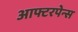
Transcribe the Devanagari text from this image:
आफ्टरपेन्स